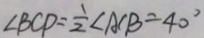
\angle B C D = \frac { 1 } { 2 } \angle A C B = 4 0 ^ { \circ }